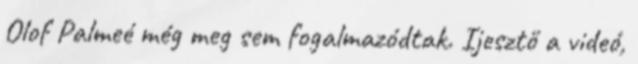
Olof Palmeé még meg sem fogalmazódtak. Ijesztő a videó,